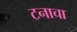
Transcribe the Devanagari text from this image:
टनाचा